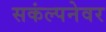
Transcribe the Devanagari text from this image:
सकंल्पनेवर